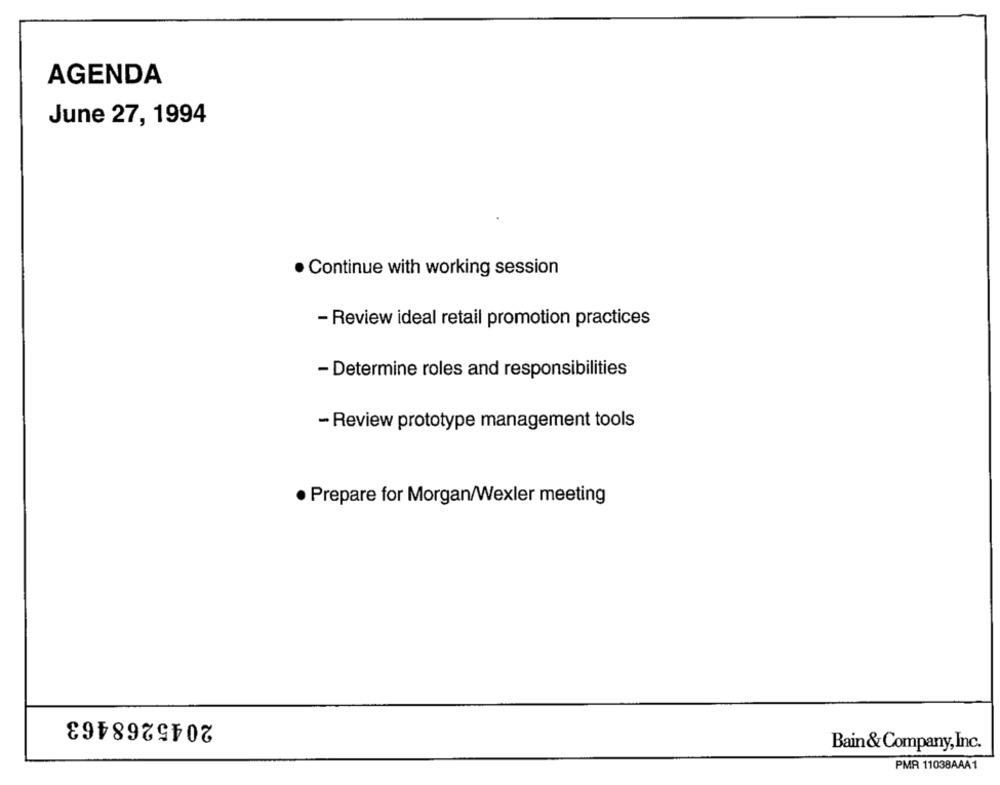
AGENDA
June 27, 1994
· Continue with working session
- Review ideal retail promotion practices
- Determine roles and responsibilities
- Review prototype management tools
· Prepare for Morgan/Wexler meeting
2045268463
Bain& Company, Inc.
PMR 11038AAA1